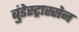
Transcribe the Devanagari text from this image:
बुंडेस्ट्रास्सेन